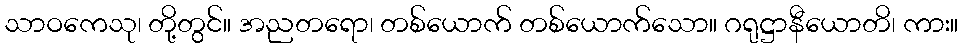
သာဝကေသု၊ တို့တွင်။ အညတရော၊ တစ်ယောက် တစ်ယောက်သော။ ဂရုဋ္ဌာနီယောတိ၊ ကား။